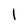
Character: l